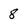
Character: 8